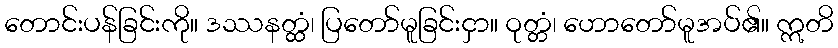
တောင်းပန်ခြင်းကို။ ဒဿနတ္ထံ၊ ပြတော်မူခြင်းငှာ။ ဝုတ္တံ၊ ဟောတော်မူအပ်၏။ ဣတိ